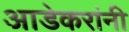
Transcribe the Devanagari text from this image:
आडेकरांनी